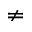
\neq